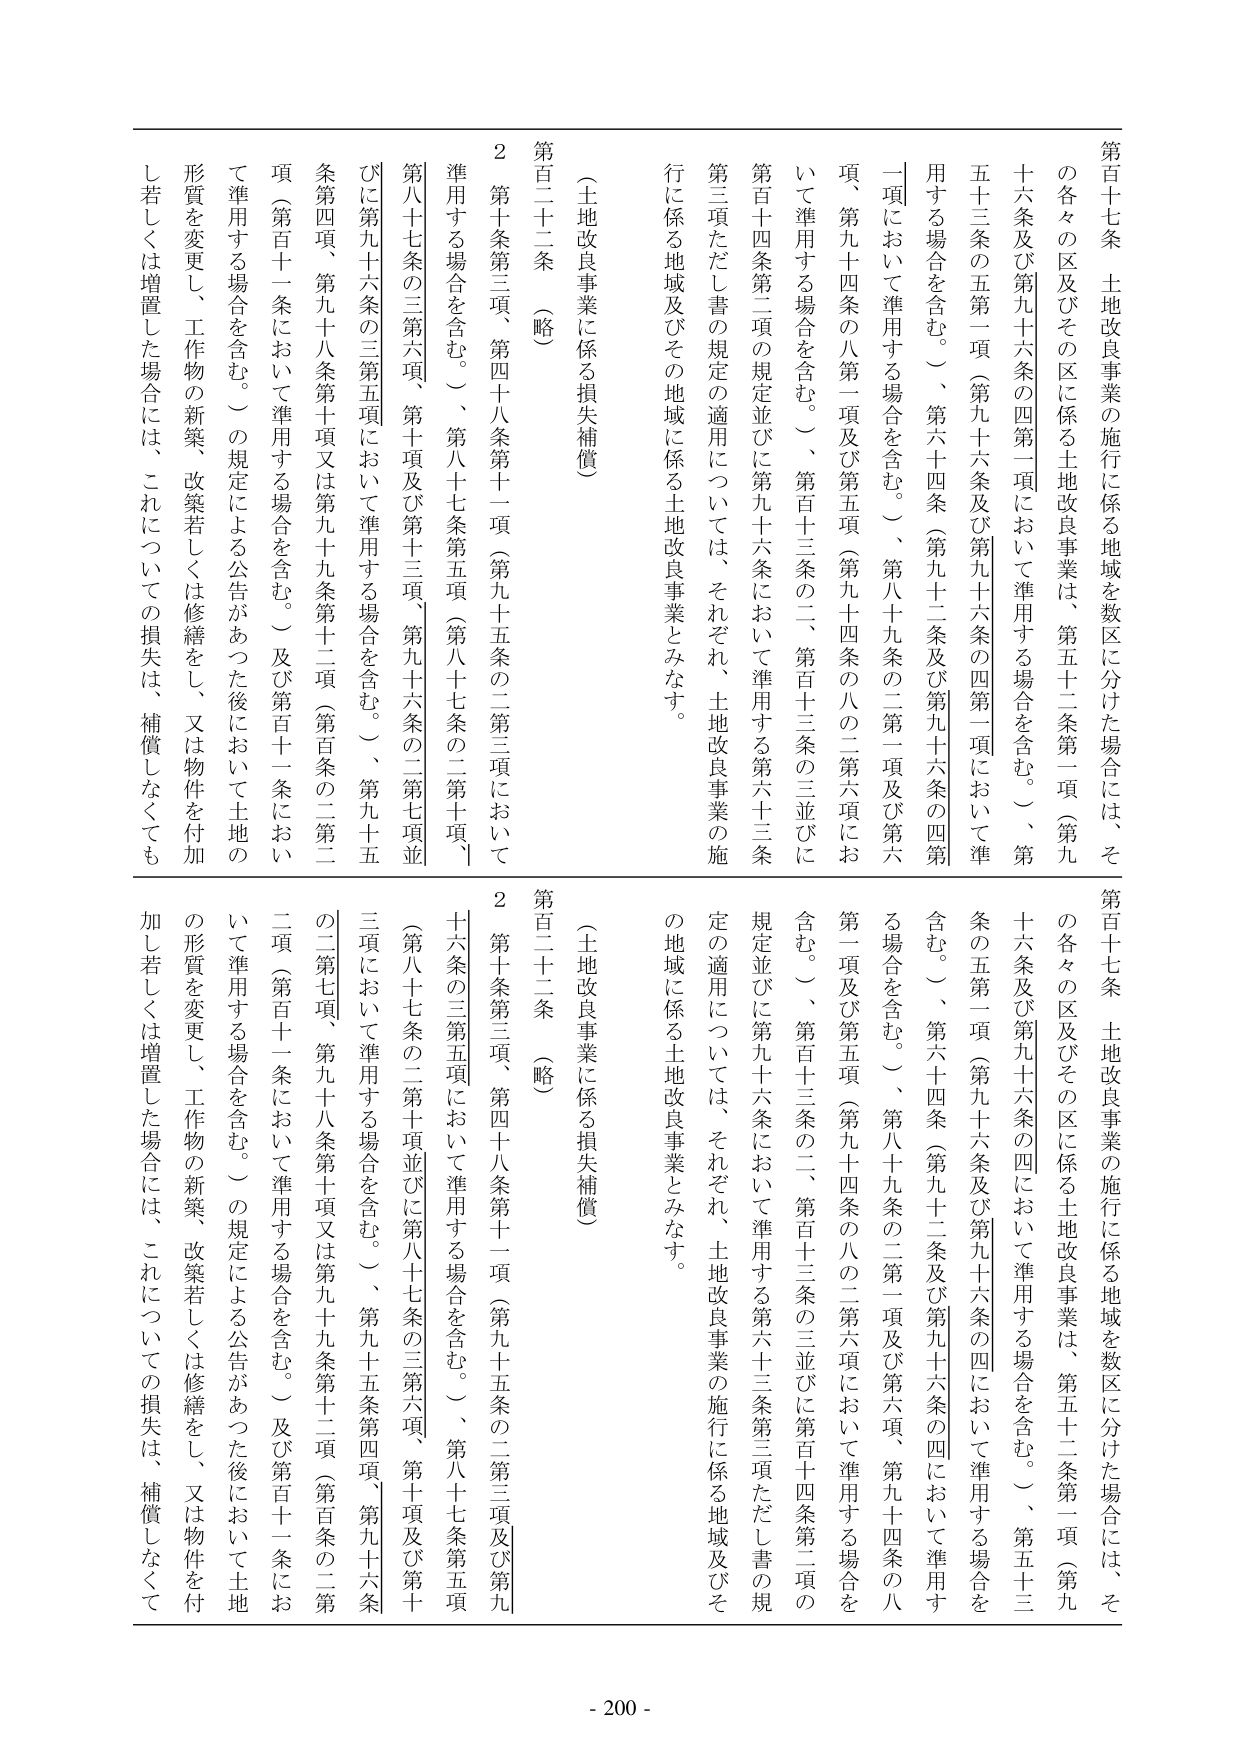
第百十七条 土地改良事業の施行に係る地域を数区に分けた場合には、その各々の区及びその区に係る土地改良事業は、第五十二条第一項（第九十六条及び第九十六条の四第一項において準用する場合を含む。）、第五十三条の五第一項（第九十六条及び第九十六条の四第一項において準用する場合を含む。）、第六十四条（第九十二条及び第九十六条の四第一項において準用する場合を含む。）、第八十九条の二第一項及び第六項、第九十四条の八第一項及び第五項（第九十四条の八の二第六項において準用する場合を含む。）、第百十三条の二、第百十三条の三並びに第百十四条第二項の規定並びに第九十六条において準用する第六十三条第三項ただし書の規定の適用については、それぞれ、土地改良事業の施行に係る地域及びその地域に係る土地改良事業とみなす。

（土地改良事業に係る損失補償）

第百二十二条（略）

２ 第十条第三項、第四十八条第十一項（第九十五条の二第三項において準用する場合を含む。）、第八十七条第五項（第八十七条の二第十項、第八十七条の三第六項、第十項及び第十三項、第九十六条の二第七項並びに第九十六条の三第五項において準用する場合を含む。）、第九十五条第四項、第九十六条の二第七項、第九十八条第十項又は第九十九条第十二項（第百条の二第二項（第百十一条において準用する場合を含む。）及び第百十一条において準用する場合を含む。）の規定による公告があった後において土地の形質を変更し、工作物の新築、改築若しくは修繕をし、又は物件を付加し若しくは増置した場合には、これについての損失は、補償しなくてはならない。

第百十七条 土地改良事業の施行に係る地域を数区に分けた場合には、その各々の区及びその区に係る土地改良事業は、第五十二条第一項（第九十六条及び第九十六条の四第一項において準用する場合を含む。）、第五十三条の五第一項（第九十六条及び第九十六条の四において準用する場合を含む。）、第六十四条（第九十二条及び第九十六条の四において準用する場合を含む。）、第八十九条の二第一項及び第六項、第九十四条の八第一項及び第五項（第九十四条の八の二第六項において準用する場合を含む。）、第百十三条の二、第百十三条の三並びに第百十四条第二項の規定並びに第九十六条において準用する第六十三条第三項ただし書の規定の適用については、それぞれ、土地改良事業の施行に係る地域及びその地域に係る土地改良事業とみなす。

（土地改良事業に係る損失補償）

第百二十二条（略）

２ 第十条第三項、第四十八条第十一項（第九十五条の二第三項及び第九十六条の三第五項において準用する場合を含む。）、第八十七条第五項（第八十七条の二第十項並びに第八十七条の三第六項、第十項及び第十三項において準用する場合を含む。）、第九十五条第四項、第九十六条の二第七項、第九十八条第十項又は第九十九条第十二項（第百条の二第二項（第百十一条において準用する場合を含む。）及び第百十一条において準用する場合を含む。）の規定による公告があった後において土地の形質を変更し、工作物の新築、改築若しくは修繕をし、又は物件を付加し若しくは増置した場合には、これについての損失は、補償しなくてはならない。

- 200 -